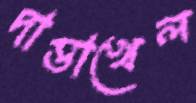
দাত্তাখেল